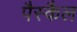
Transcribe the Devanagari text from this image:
पैस्कैल